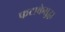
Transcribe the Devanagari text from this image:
फटाकेसुद्धा